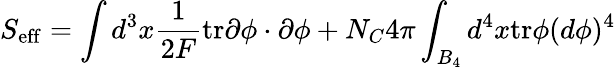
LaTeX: S_{\mathrm{eff}}=\int d^{3}x\frac{1}{2F}\mathrm{tr}\partial\phi\cdot\partial\phi+{N_{C}}{4\pi}\int_{B_{4}}d^{4}x\mathrm{tr}\phi(d\phi)^{4}